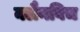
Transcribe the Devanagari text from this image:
क्लैनबिच